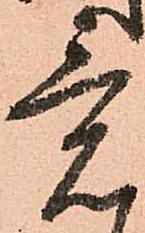
意